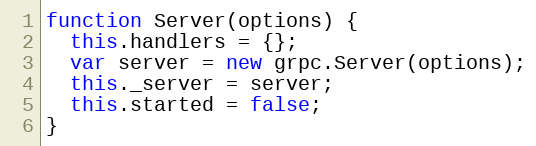
Language: JavaScript
function Server(options) {
  this.handlers = {};
  var server = new grpc.Server(options);
  this._server = server;
  this.started = false;
}